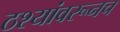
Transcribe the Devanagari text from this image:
ठश्यांवरूनच